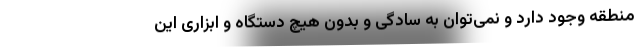
منطقه وجود دارد و نمی‌توان به سادگی و بدون هیچ دستگاه و ابزاری این